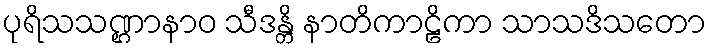
ပုရိသသဏ္ဌာနာဝ သီဒန္တိ နာတိကာဠိကာ သာသဒိသတော